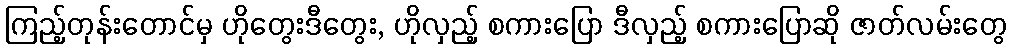
ကြည့်တုန်းတောင်မှ ဟိုတွေးဒီတွေး, ဟိုလှည့် စကားပြော ဒီလှည့် စကားပြောဆို ဇာတ်လမ်းတွေ